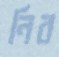
নিব